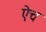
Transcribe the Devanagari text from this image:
ऎच